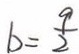
b = \frac { 9 } { 2 }